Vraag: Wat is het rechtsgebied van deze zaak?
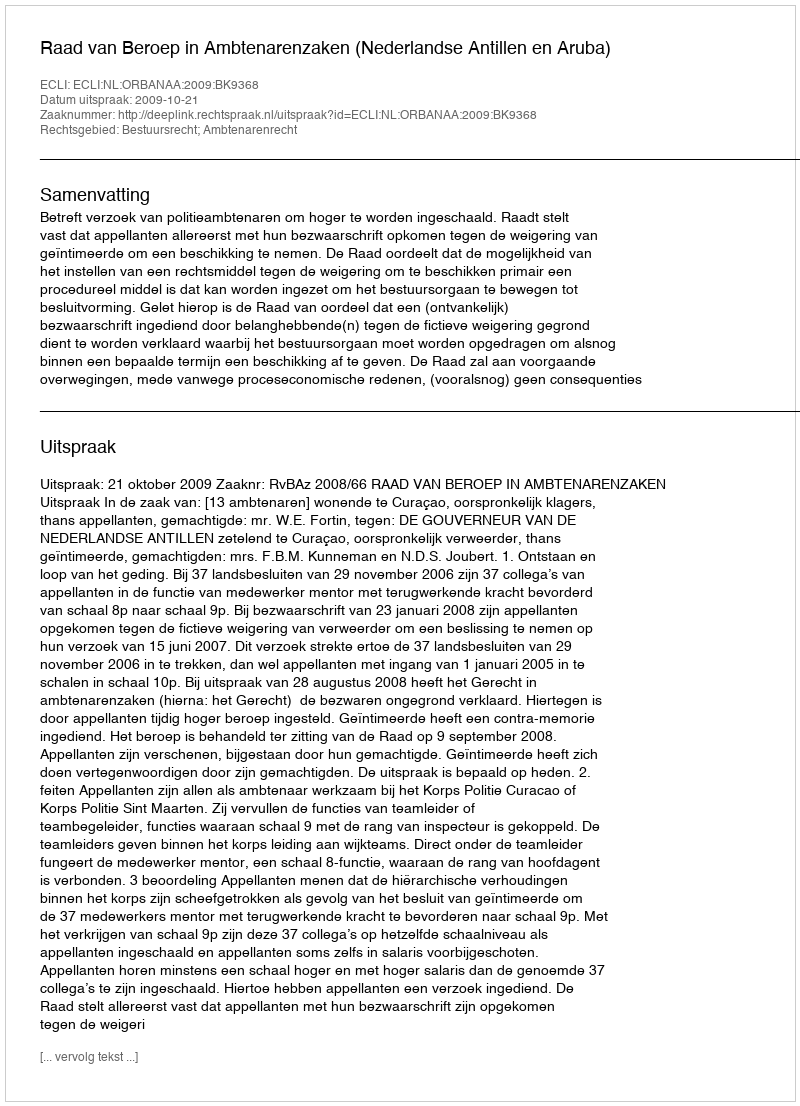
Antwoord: Bestuursrecht; Ambtenarenrecht